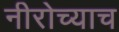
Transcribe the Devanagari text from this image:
नीरोच्याच